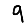
Digit: 9